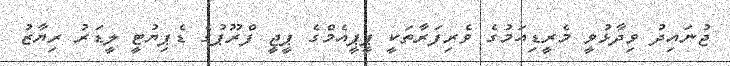
ޖުނައިދު ވިދާޅުވީ މެރީޑިއަމުގެ ވެރިފަރާތަކީ ޕީޕީއެމްގެ ޕީޖީ ފްރޫޕުގެ ޑެޕިޔުޓީ ލީޑަރު ރިޔާޒު